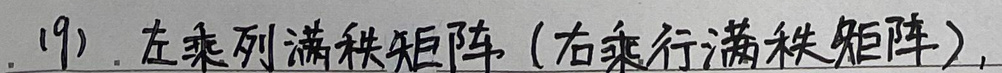
(9). 左乘列满秩矩阵(右乘行满秩矩阵),